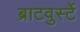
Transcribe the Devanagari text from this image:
ब्राटवुर्स्टे